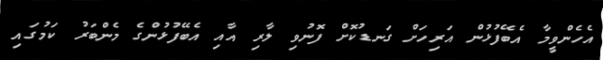
އެހެންވީމާ އެބޭފުޅުން އަރިހަށް ގަނޑުކޮށް ފޮނުވި ލާރި އާއި އެބޭފުޅުންގެ މެންބަރު ކަމުގައި